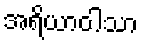
အရိယာဝါသာ